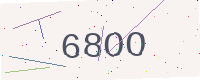
Text: 68OO